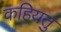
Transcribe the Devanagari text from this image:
कहियतु